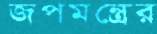
জপমন্ত্রের